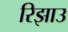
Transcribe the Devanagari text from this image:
रिझाउ